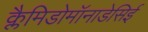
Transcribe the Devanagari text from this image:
क्लैमिडोमॉनाडेसिई